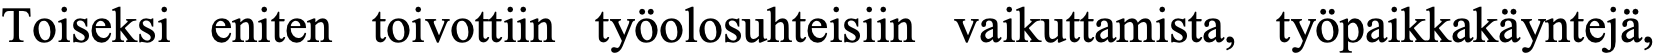
Toiseksi eniten toivottiin työolosuhteisiin vaikuttamista, työpaikkakäyntejä,